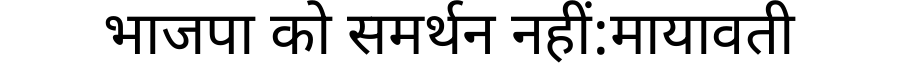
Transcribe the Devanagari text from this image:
भाजपा को समर्थन नहीं:मायावती